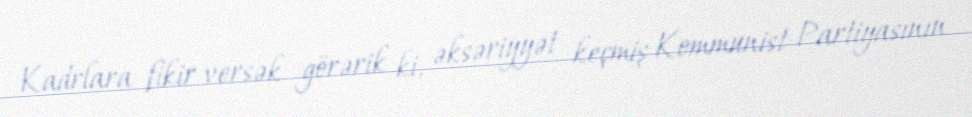
Kadrlara fikir versək görərik ki, əksəriyyət keçmiş Kommunist Partiyasının